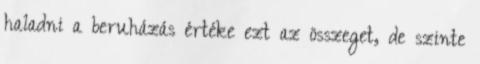
haladni a beruházás értéke ezt az összeget, de szinte